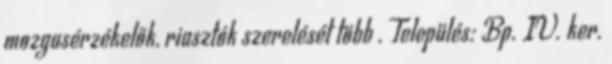
mozgasérzékelők, riasztók szerelését több . Település: Bp. IV. ker.